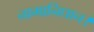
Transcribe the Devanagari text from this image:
नामानिधान।